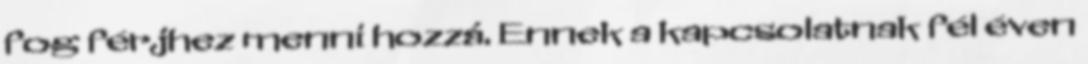
fog férjhez menni hozzá. Ennek a kapcsolatnak fél éven